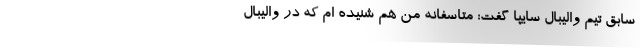
سابق تیم والیبال سایپا گفت: متاسفانه من هم شنیده ام که در والیبال